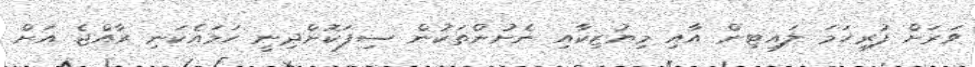
ވަރަށް ފުރިހަމަ ލައިޓިން އާއި މިޔުޒިކާއި ނެށުންތަކުން ސިފަކޮށްދިނީ ހަމައެކަނި ރާއްޖެ އަށް